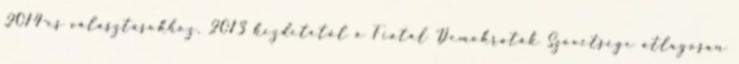
2014-es választásokhoz. 2013 kezdetétől a Fiatal Demokraták Szövetsége átlagosan